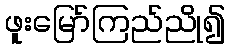
ဖူးမြော်ကြည်ညို၍